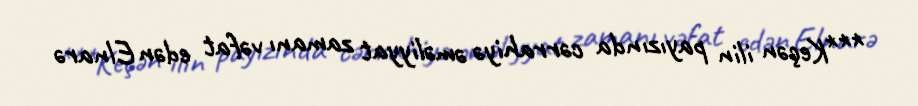
***Keçən ilin payızında cərrahiyə əməliyyat zamanı vəfat edən Elnarə